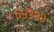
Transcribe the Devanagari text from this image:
६९३९९